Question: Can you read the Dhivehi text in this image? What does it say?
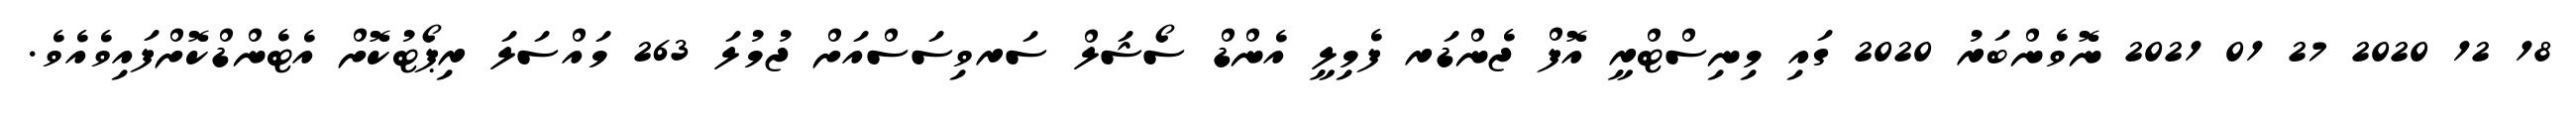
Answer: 18 12 2020 27 01 2021 ނޮވެންބަރު 2020 ގައި މިނިސްޓްރީ އޮފް ޖެންޑަރ ފެމިލީ އެންޑް ސޯޝަލް ސަރވިސަސްއަށް ޖުމުލަ 263 މައްސަލަ ރިޕޯޓުކޮށް އެޓެންޑްކޮށްފައިވެއެވެ.